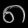
Digit: ၈